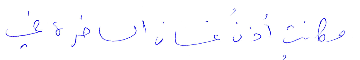
وكانت أذن غسان الساخرة في